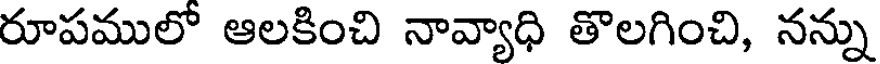
రూపములో ఆలకించి నావ్యాధి తొలగించి, నన్ను